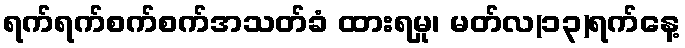
ရက်ရက်စက်စက်အသတ်ခံ ထားရမှု၊ မတ်လ(၁၃)ရက်နေ့